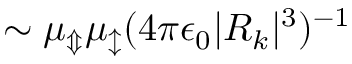
{ \sim \mu _ { \Updownarrow } \mu _ { \updownarrow } ( 4 \pi \epsilon _ { 0 } | R _ { k } | ^ { 3 } ) ^ { - 1 } }